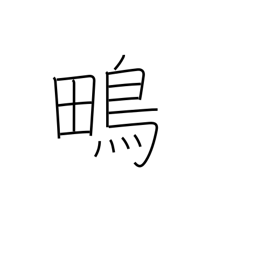
Meaning: snipe